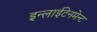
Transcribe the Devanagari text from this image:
इन्लाईटेनमेन्ट